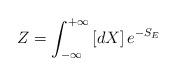
LaTeX: \begin{align*}Z = \int_{- \infty}^{+ \infty} \left[ dX \right] e^{-S_{E}}\end{align*}